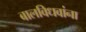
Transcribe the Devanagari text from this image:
बालविधवांना